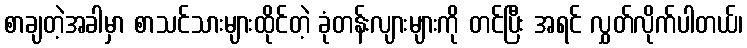
စာချတဲ့အခါမှာ စာသင်သားများထိုင်တဲ့ ခုံတန်းလျားများကို တင်ပြီး အရင် လွှတ်လိုက်ပါတယ်၊